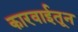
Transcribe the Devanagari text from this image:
कारवाईतून